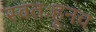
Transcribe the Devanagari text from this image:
स्वतःहूनच